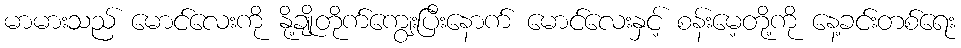
မာမားသည် မောင်လေးကို နို့ချိုတိုက်ကျွေးပြီးနောက် မောင်လေးနှင့် စန်းမေ့တို့ကို နေ့ခင်းတစ်ရေး